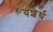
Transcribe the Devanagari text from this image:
यशेर्थ